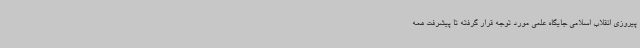
پیروزی انقلاب اسلامی جایگاه علمی مورد توجه قرار گرفته تا پیشرفت همه